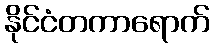
နိုင်ငံတကာရောက်